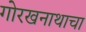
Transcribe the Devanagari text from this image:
गोरखनाथाचा